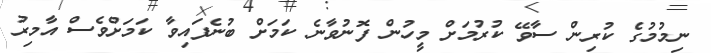
ނިމުމުުގެ ކުރިން ސާވޭ ކުރުމަށް މީހުން ފޮނުވާނެ ކަމަށް ބުނެފައިވާ ކަމަށްވެސް އާމިރު